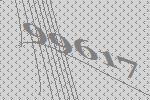
99617